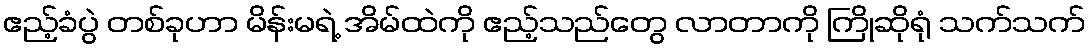
ဧည့်ခံပွဲ တစ်ခုဟာ မိန်းမရဲ့ အိမ်ထဲကို ဧည့်သည်တွေ လာတာကို ကြိုဆိုရုံ သက်သက်